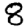
Digit: 8